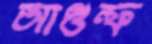
আগুল্ফ